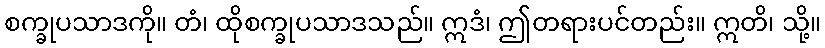
စက္ခုပသာဒကို။ တံ၊ ထိုစက္ခုပသာဒသည်။ ဣဒံ၊ ဤတရားပင်တည်း။ ဣတိ၊ သို့။